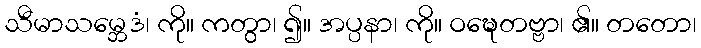
သီမာသမ္ဘေဒံ၊ ကို။ ကတွာ၊ ၍။ အပ္ပနာ၊ ကို။ ဝဍ္ဎေတဗ္ဗာ၊ ၏။ တတော၊